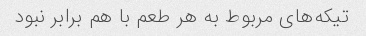
تیکه‌های مربوط به هر طعم با هم برابر نبود